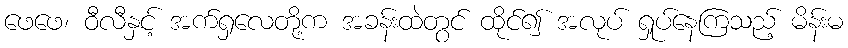
ဖေဖေ၊ ဝီလီနှင့် အက်ရှလေတို့က အခန်းထဲတွင် ထိုင်၍ အလုပ် ရှုပ်နေကြသည့် မိန်းမ